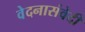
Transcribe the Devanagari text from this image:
वेदनासंवेदी